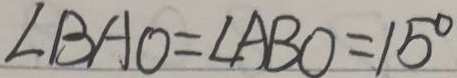
\angle B A O = \angle A B O = 1 5 ^ { \circ }